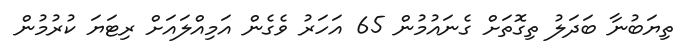
ތިޔަބުނާ ބަދަލު ތިގޮތަށް ގެނައުމުން 65 އަހަރު ވެގެން އަމިއްލައަށް ރިޓަޔަ ކުރުމުން